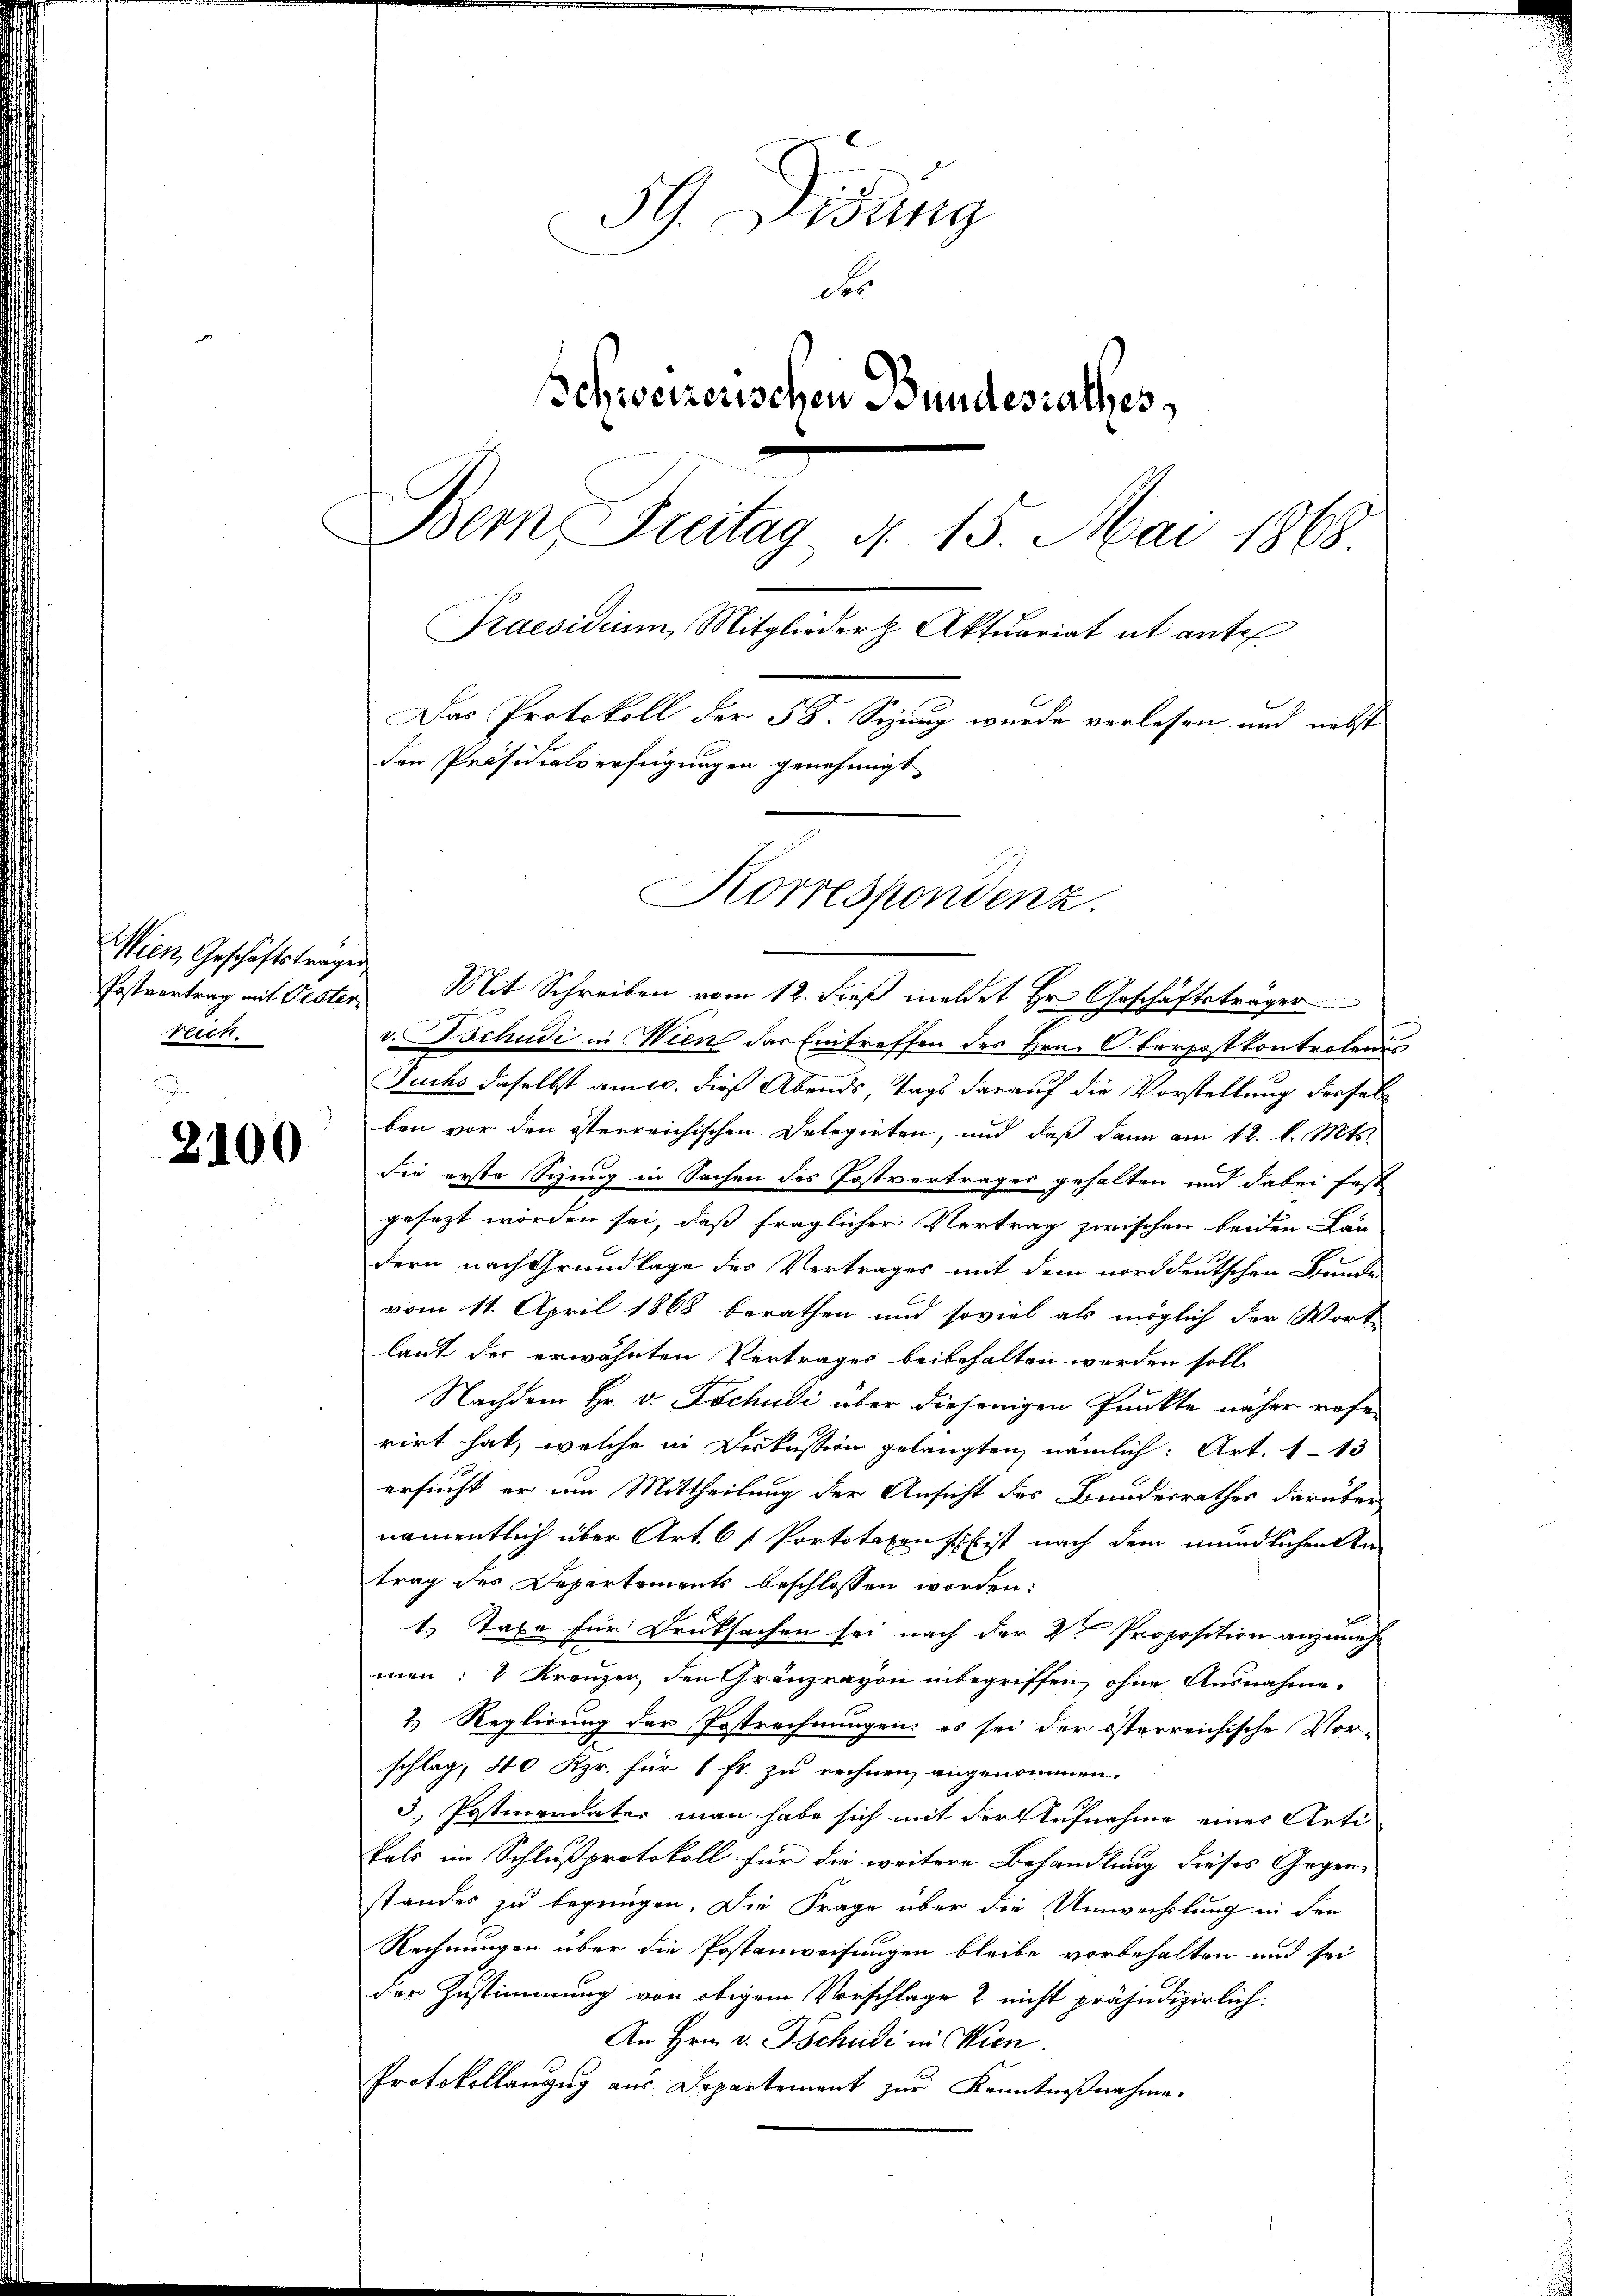
Mien, Geschäftstragen
Neck.

2100

59. Didung
des
schweizerischen Bundesrathes
Bern, Freitag d. 15. Mai 1868
Praesidium, Mitglieder Aktuariat ab ante
Das Protokoll der 58. Sinng wurde verlesen und nebst
der Präsidialverfügungen genehmigt

Postvertrag mit Oester Mit Schreiben vom 12. dieß meldet Hr. Geschäftsträger
v. Tschudi in Wien das Eintreffen des Hrn. Oberpostkontrolens
Fuchs daselbst am 10. dieß Abends, Tags darauf die Vorstellung derselben vor den österreichischen Delegirten, und daß dann am 12. l. Mts.
Sie erste Sitzung in Sachen des Postvertrages gehalten und dabei fest
gesezt worden sei, daß fraglicher Vertrag zwischen beiden Lau-
dern nach Grundlage des Vertrages mit dem norddeutschen Bunde
vom 11. April 1868 berathen und soviel als möglich der Wort-
laut der erwähnten Vertrages beibehalten werden solle
Nachdem Hr. v. Tschudi über diejenigen Punkte näher resen
rirt hat, welche in Diskussion gelangten nämlich: Art. 113
ersucht er um Mittheilung der Ansicht des Bundesrathes darüber
namentlich über Art. 6 f Portotaxen Es ist nach dem mündlichen An-
trag des Departements beschlossen worden:
1. Taxe für Drucksachen sei nach der 2ten Proposition anzunehmen: v Kreuzer, den Gränzrayon inbegriffen, ohne Ausnahme.
2. Reglirung der Postrechnungen: es sei der österreichische Vorschlag, 40 Kzr. für 1 Fr. zu rechnen angenommen.
3. Postmandater man habe sich mit der Aufnahme einer Arti-
kals im Schlußprotokoll für die weitere Behandlung dieses Gegenstandes zu begnügen. Die Frage über die Umwechslung in den
Rechnungen über die Postanweisungen bleibe vorbehalten und sei
der Zustimmung von obigem Vorschlage & nicht präjudizierlich.
An Hrn. v. Tschudi in Wien.
Protokollanzug aus Departement zur Kenntnißnahme.

Korrespondenz.